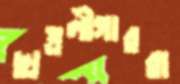
ছাত্রলীগাররা